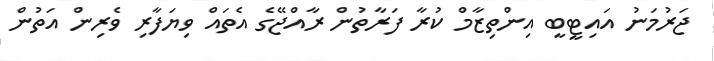
ޖަރުމަނު އައިޓީބީ އިންތިޒާމް ކުރާ ފަރާތުން ރާއްޖޭގެ އެތައް ވިޔަފާރި ވެރިން އަތުން